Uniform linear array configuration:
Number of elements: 16
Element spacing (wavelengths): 0.5
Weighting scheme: cosine
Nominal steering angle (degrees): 60
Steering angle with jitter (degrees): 61.837
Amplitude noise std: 0.05
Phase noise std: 0.05

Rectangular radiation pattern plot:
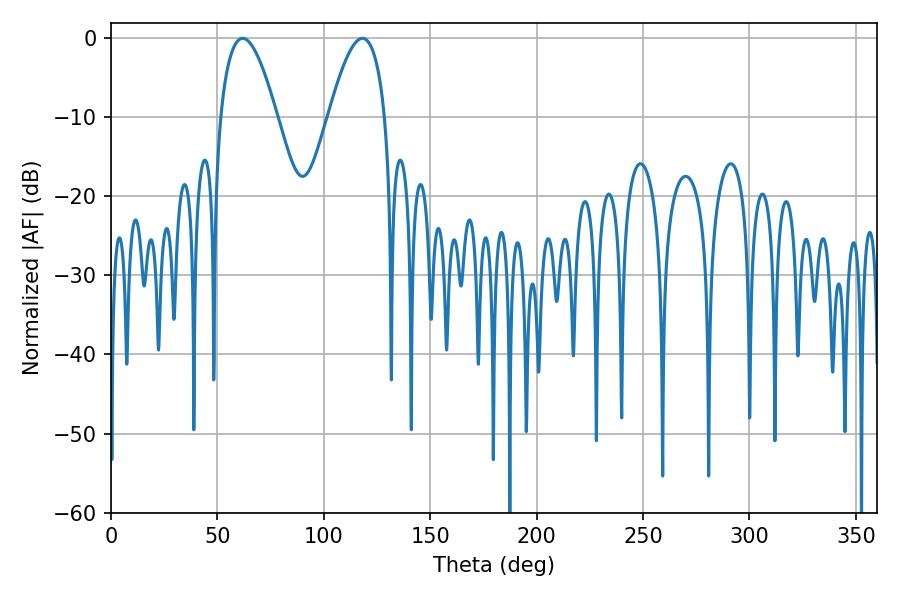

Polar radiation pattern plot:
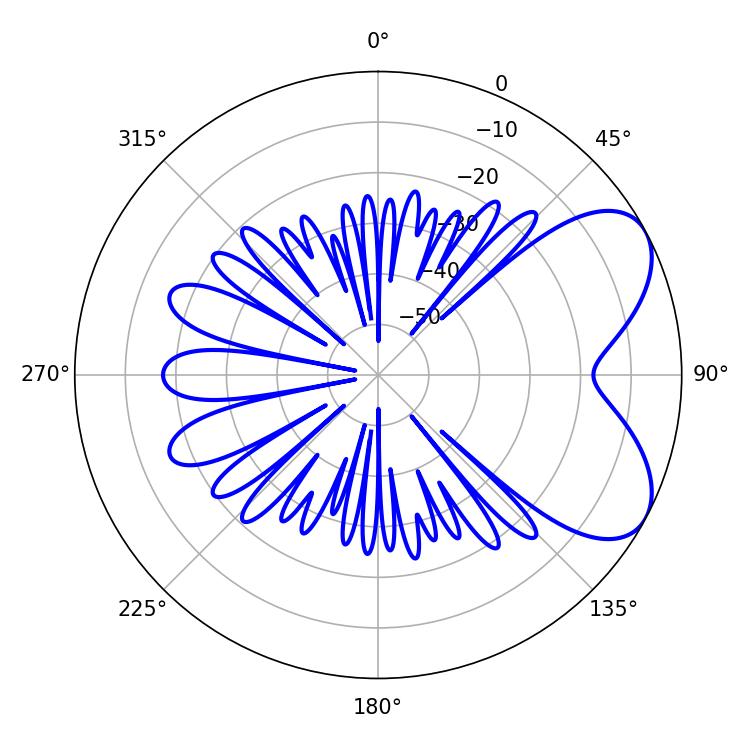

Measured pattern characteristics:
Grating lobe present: FALSE
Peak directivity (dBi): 6.188
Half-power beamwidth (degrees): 14.58
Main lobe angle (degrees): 61.92